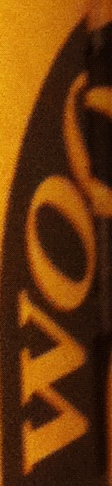
WO